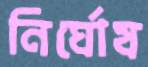
নির্ঘোষ